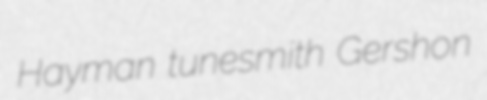
Hayman tunesmith Gershon